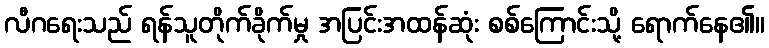
လီဂရေးသည် ရန်သူတိုက်ခိုက်မှု အပြင်းအထန်ဆုံး စစ်ကြောင်းသို့ ရောက်နေ၏။